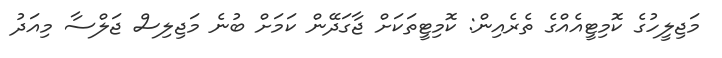
މަޖިލީހުގެ ކޮމިޓީއެއްގެ ތެރެއިން: ކޮމިޓީތަކަށް ޖާގަދޭން ކަމަށް ބުނެ މަޖިލިސް ޖަލްސާ މިއަދު